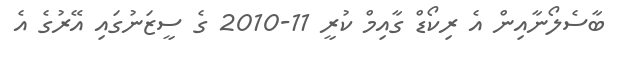
ބާސެލޯނާއިން އެ ރިކޯޑް ގާއިމް ކުރީ 11-2010 ގެ ސީޒަނުގައި އޭރުގެ އެ